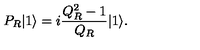
P _ { R } | 1 \rangle = i \frac { Q _ { R } ^ { 2 } - 1 } { Q _ { R } } | 1 \rangle .